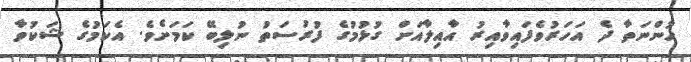
ހުންނަތާ ދެ އަހަރުވެފައިވާއިރު އާއިލާއަށް ގުޅުމުގެ ފުރުސަތު ނުލިބޭ ކަމަށެވެ. އެކަމުގެ ޝަކުވާ